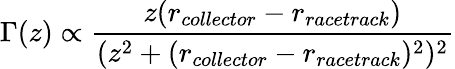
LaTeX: \Gamma(z)\propto\frac{z(r_{collector}-r_{racetrack})}{(z^{2}+(r_{collector}-r_{racetrack})^{2})^{2}}